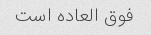
فوق العاده است